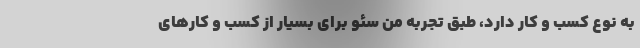
به نوع کسب و کار دارد، طبق تجربه من سئو برای بسیار از کسب و کارهای